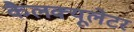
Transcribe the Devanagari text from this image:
कैलक्यूलेटर